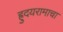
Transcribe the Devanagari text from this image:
ह्रुदयरामाचा